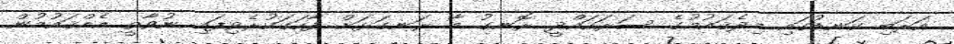
އަރަބި ކަނޑުގައި މިދެޤައުމުގެ ސަރަހައްދީ ރޮނގު މާ ރަނގަޅަށް ފާހަގަކުރެވިފައި ނުވާތީ އެއްޤައުމުން